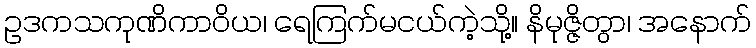
ဥဒကသကုဏိကာဝိယ၊ ရေကြက်မငယ်ကဲ့သို့။ နိမုဇ္ဇိတွာ၊ အနောက်